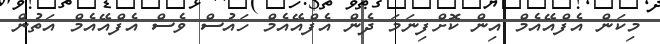
މިކަން އެފްއޭއެމް އިން ކޮށްފިނަމަ ދެން އެފްއޭއެމް ހައުސް ވެސް އެފްއޭއެމް އަތުން